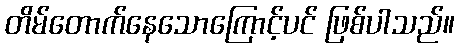
တိမ်တောက်နေသောကြောင့်ပင် ဖြစ်ပါသည်။